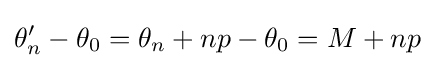
\theta _{n}'-\theta _{0}=\theta _{n}+np-\theta _{0}=M+np